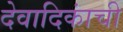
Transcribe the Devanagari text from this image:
देवादिकांची